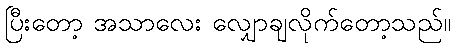
ပြီးတော့ အသာလေး လျှောချလိုက်တော့သည်။